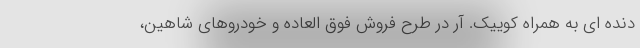
دنده ای به همراه کوییک. آر در طرح فروش فوق العاده و خودروهای شاهین،